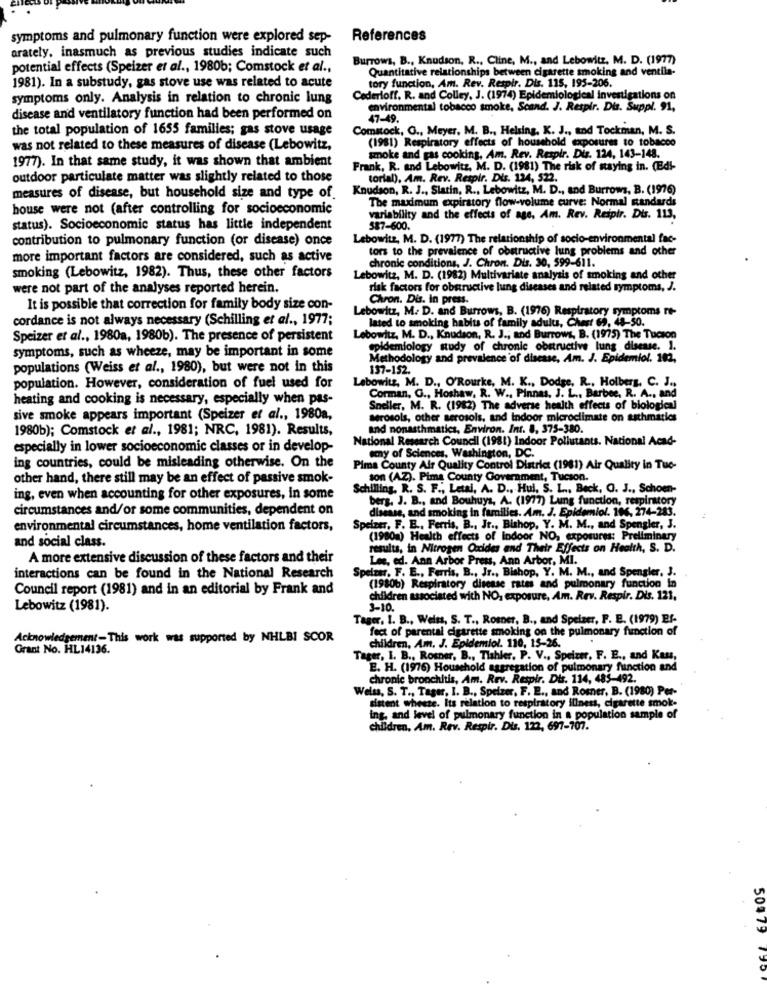
symptoms and pulmonary function were explored sep-
References
arately, inasmuch as previous studies indicate such
Burrows, B ., Knudson, R ., Cline, M ., and Lebowitz, M. D. (1977)
potential effects (Speizer et al ., 1980b; Comstock et al .,
Quantitative relationships between cigarette smoking and ventila-
tory function, Am. Rev. Respir. Dis. 115, 195-206.
1981). In a substudy, gas stove use was related to acute
symptoms only. Analysis in relation to chronic lung
Cederioff. R. and Colley, J. (1974) Epidemiological investigations on
environmental tobacco smoke, Scand. J. Respir. Dis. Suppl. 91,
disease and ventilatory function had been performed on
47-49.
the total population of 1655 families; gas stove usage
Comstock, O ., Meyer, M. B ., Helsing, K. J ., and Tockman, M. S.
(1981) Respiratory effects of household exposures to tobacco
was not related to these measures of disease (Lebowitz,
smoke and gas cooking, Am. Rev. Respir. Dis. 124, 143-148.
1977). In that same study, it was shown that ambient
Frank, R. and Lebowitz, M. D. (1981) The risk of staying in. (Edi-
outdoor particulate matter was slightly related to those
torial), Am. Rev. Respir. Dis. 124, 522.
Knudson, R. J ., Slatin, R ., Lebowitz, M. D ., and Burrows, B. (1976)
measures of disease, but household size and type of.
The maximum expiratory flow-volume curve: Normal standards
house were not (after controlling for socioeconomic
variability and the effects of age, Am. Rev. Respir. Dis. 113,
status). Socioeconomic status has little independent
$87-600.
contribution to pulmonary function (or disease) once
Lebowitz, M. D. (1977) The relationship of socio-environmental fac-
tors to the prevalence of obstructive lung problems and other
more important factors are considered, such as active
chronic conditions, J. Chron. Dis. 30, 599-611.
smoking (Lebowitz, 1982). Thus, these other factors
Lebowitz, M. D. (1982) Multivariate analysis of smoking and other
were not part of the analyses reported herein.
risk factors for obstructive lung diseases and related symptoms, J.
Chron. Dis. In press.
It is possible that correction for family body size con-
Lebowitz, M. D. and Burrows, B. (1976) Respiratory symptoms re-
cordance is not always necessary (Schilling et al ., 1977;
lated to smoking habits of family adults, Chest 69, 48-50.
Speizer et al ., 1980a, 1980b). The presence of persistent
Lebowitz, M. D ., Knudson, R. J .; and Burrows, B. (1975) The Tucson
symptoms, such as wheeze, may be important in some
epidemiology study of chronic obstructive lung disease. 1.
Methodology and prevalence of disease, Am. J. Epidemiol. 182,
populations (Weiss et al ., 1980), but were not in this
137-152.
Lebowitz, M. D ., O'Rourke, M. K ., Dodge, R ., Holberg, C. J .,
population. However, consideration of fuel used for
heating and cooking is necessary, especially when pas-
Corman, G ., Hoshaw, R. W ., Pinnas, J. L ., Barbee, R. A ., and
Sneller, M. R. (1982) The adverse health effects of biological
sive smoke appears important (Speizer et al ., 1980a,
aerosols, other aerosols, and indoor microclimate on asthmatics
1980b); Comstock et al ., 1981; NRC, 1981). Results,
and nonasthmatics, Environ. Inr. 8, 375-380.
National Research Council (1981) Indoor Pollutants. National Acad-
especially in lower socioeconomic classes or in develop-
ing countries, could be misleading otherwise. On the
emy of Sciences, Washington, DC.
Pima County Air Quality Control District (1981) Air Quality in Tue-
other hand, there still may be an effect of passive smok-
son (AZ). Pima County Government, Tucson.
chilling. R. S. F ., Letal, A. D ., Hul, S. L ., Beck, O. J ., Schoen-
ing, even when accounting for other exposures, in some
berg. J. B ., and Bouhuys, A. (1977) Lung function, respiratory
circumstances and/or some communities, dependent on
disease, and smoking in families. Am. J. Epidemiol. 106, 274-283.
environmental circumstances, home ventilation factors,
Speizer, F. E .. Ferris, B ., Jr ., Bishop, Y. M. M ., and Spengler, J.
(1980m) Health effects of indoor NO, exposures: Preliminary
and social class.
results, in Nitrogen Oxides and Their Effects on Health, S. D.
A more extensive discussion of these factors and their
Lee, ed. Ann Arbor Press, Ann Arbor, MI.
Spelzar. F. E ., Ferris, B ., Jr ., Bishop, Y. M. M ., and Spengler. 3.
interactions can be found in the National Research
Council report (1981) and in an editorial by Frank and
(1980b) Respiratory disease rates and pulmonary function in
children associated with NO, exposure, Am. Rev. Respir. Dis. 121.
Lebowitz (1981).
7-10.
Tager. I. B ., Weiss, S. T ., Roser, B ., and Spelzer, F. E. (1979) Ef-
fect of parental cigarette smoking on the pulmonary function of
Acknowledgement-This work was supported by NHLBI SCOR
children, Am. J. Epidemiol. 110, 15-26 ..
Grant No. HL14136.
Tager, I. B ., Rosner, B ., Tiahler. P. V ., Speizer, F. E ., and Kass,
E. H. (1976) Household aggregation of pulmonary function and
chronic bronchitis, Am. Rev. Respir. Dis. 114, 485-492.
Welss, S. T ., Tager, I. B ., Spelzer, F. E ., and Rosner, B. (1980) Per-
sistent wheeze. Its relation to respiratory illness, cigarette smok-
ing. and level of pulmonary function in a population sample of
children. Am. Rev. Respir. Dis. 122, 697-707.
50479